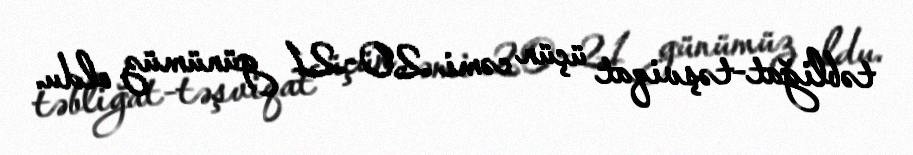
təbliğat-təşviqat üçün cəmi 20-21 günümüz oldu.